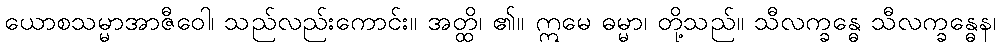
ယောစသမ္မာအာဇီဝေါ၊ သည်လည်းကောင်း။ အတ္ထိ၊ ၏။ ဣမေ ဓမ္မာ၊ တို့သည်။ သီလက္ခန္ဓေ သီလက္ခန္ဓေန၊